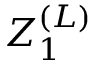
Z _ { 1 } ^ { ( L ) }